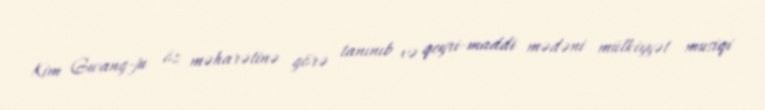
Kim Gwang-ju öz məharətinə görə tanınıb və qeyri-maddi mədəni mülkiyyət musiqi